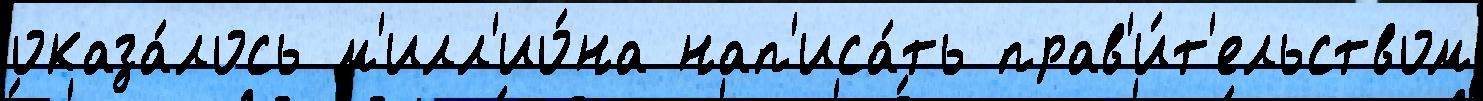
оказа́лось м'илл'ио́на нап'иса́ть прав'и́т'ельством